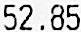
52.85